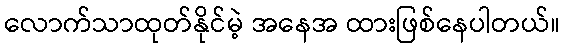
လောက်သာထုတ်နိုင်မဲ့ အနေအ ထားဖြစ်နေပါတယ်။